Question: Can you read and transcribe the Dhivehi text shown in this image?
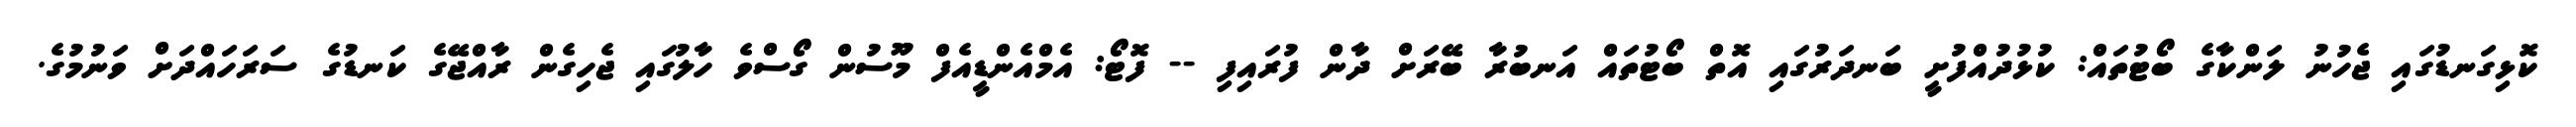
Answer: ކޮޅިގަނޑުގައި ޖެހުނު ލަންކާގެ ބޯޓުތައް: ކުޅުދުއްފުށީ ބަނދަރުގައި އޮތް ބޯޓުތައް އަނބުރާ ބޭރަށް ދާން ފުރައިފި -- ފޮޓޯ: އެމްއެންޑީއެފް މޫސުން ގޯސްވެ ހާލުގައި ޖެހިގެން ރާއްޖޭގެ ކަނޑުގެ ސަރަހައްދަށް ވަނުމުގެ.